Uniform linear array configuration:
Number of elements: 32
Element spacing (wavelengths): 0.25
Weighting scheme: blackman
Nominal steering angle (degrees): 15
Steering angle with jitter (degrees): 13.906
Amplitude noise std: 0.05
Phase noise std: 0.05

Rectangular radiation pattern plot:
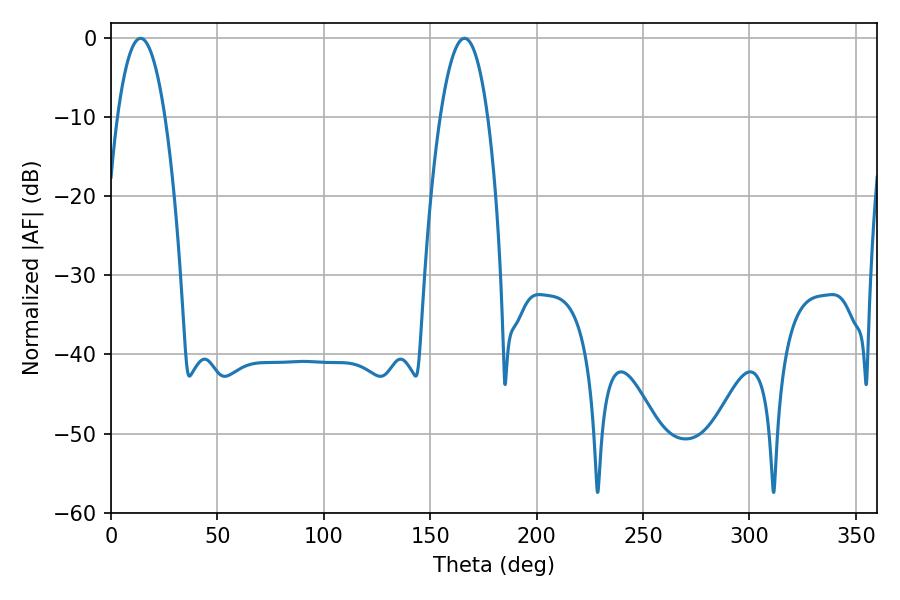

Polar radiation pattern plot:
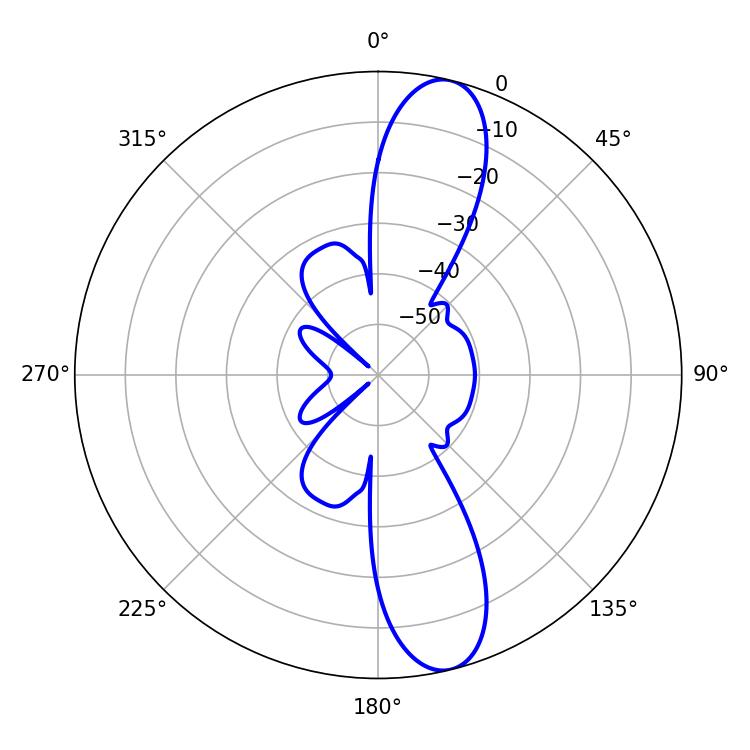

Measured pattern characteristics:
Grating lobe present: FALSE
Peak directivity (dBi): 12.54
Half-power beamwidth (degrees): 12.42
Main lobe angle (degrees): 166.14